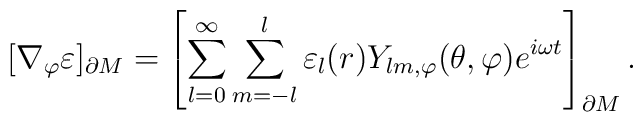
[\nabla_{\varphi}\varepsilon]_{\partial M}=\left[\sum_{l=0}^{\infty} \sum_{m=-l}^{l} \varepsilon_{l}(r)Y_{lm,\varphi}(\theta,\varphi)e^{i\omega t}\right]_{\partial M}.